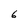
Character: 6